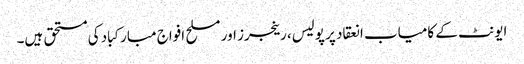
ایونٹ کے کامیاب انعقاد پر پولیس، رینجرز اور مسلح افواج مبارکباد کی مستحق ہیں۔